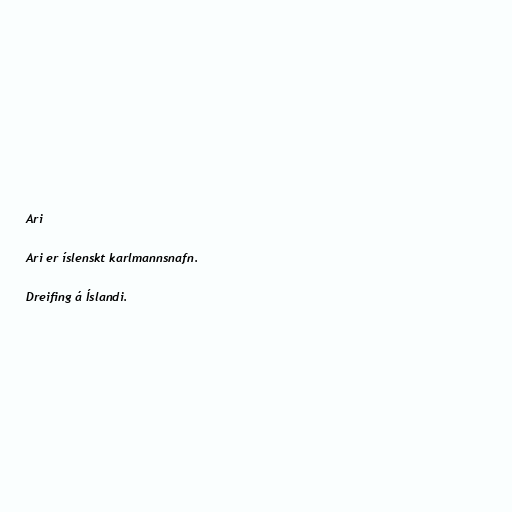
Ari

Ari er íslenskt karlmannsnafn.

Dreifing á Íslandi.